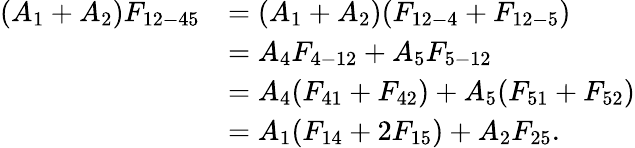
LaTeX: \begin{array}{rl}{(A_{1}+A_{2})F_{12-45}}&{=(A_{1}+A_{2})(F_{12-4}+F_{12-5})}\\ &{=A_{4}F_{4-12}+A_{5}F_{5-12}}\\ &{=A_{4}(F_{41}+F_{42})+A_{5}(F_{51}+F_{52})}\\ &{=A_{1}(F_{14}+2F_{15})+A_{2}F_{25}{.}}\end{array}